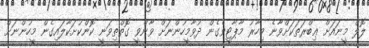
ލޮލް މީނައަށް ޢިބްރަތަކަށްވާނެ މިހާރު މާޕާޓީވެގެން ދުވާމީހުންނަށް ވާންވީ ގޮތްތިވަނީ ކޮންކުށަކާލައިގެން މީހުންނަށް